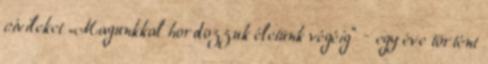
civileket „Magunkkal hordozzuk életünk végéig” – egy éve történt